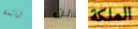
شائعة لن الملكة